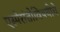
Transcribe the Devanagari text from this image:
एस्पेरांतोविषयीचे